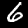
Label: 6